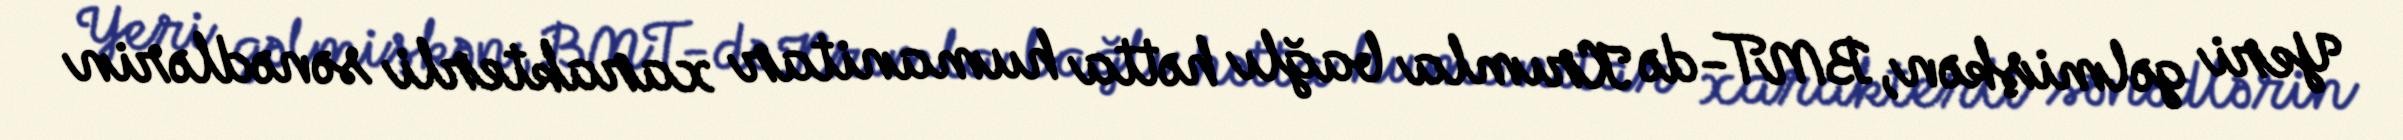
Yeri gəlmişkən, BMT-də Krımla bağlı hətta humanitar xarakterli sənədlərin